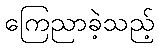
ကြေညာခဲ့သည့်